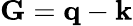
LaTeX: \mathbf{G}=\mathbf{q}-\mathbf{k}